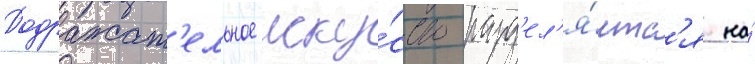
Подражат'ельное иску́сство разд'ел'я́етс'я на́